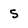
Character: 5